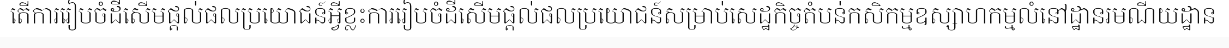
តើការរៀបចំដីសើមផ្តល់ផលប្រយោជន៍អ្វីខ្លះការរៀបចំដីសើមផ្តល់ផលប្រយោជន៍សម្រាប់សេដ្ឋកិច្ចតំបន់កសិកម្មឧស្សាហកម្មលំនៅដ្ឋានរមណីយដ្ឋាន